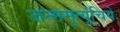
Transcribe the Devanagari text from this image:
जन्ममृत्यूंचिये